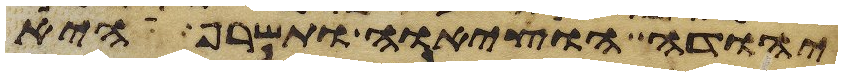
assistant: יהודה הוציאה ותשרף היא